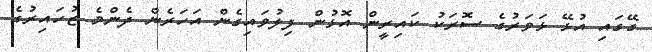
ގޭގައި އުޅޭ ޅަވަރުގެ ސޮރަކު ކައިރީން އޮޅުން ފިލުވައިގެން އަހަރެން ދެންމެ ޒުހައިރުގެ